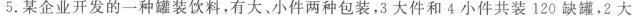
5.某企业开发的一种罐装饮料，有大，小件两种包装，3大件和4小件共装120缺罐，2大